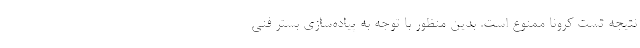
نتیجه تست کرونا ممنوع است. بدین منظور با توجه به پیاده‌سازی بستر فنی